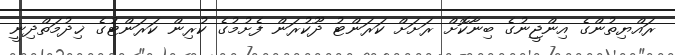
ރައްޔިތުންގެ އިންޖީނުގެ ބިނާކޮށް ރަށަށް ކަރަންޓު ދޫކުރަން ފެށުމުގެ ކުރިން ކަރަންޓުގެ ޚިދުމަތްދިނީ